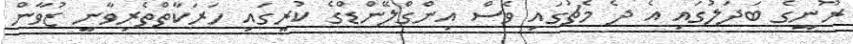
ރޫނީގެ ބަދަލުގައި އެ ދެ މެޗުގައި ވެސް އިންގްލޭންޑްގެ ކުރީގައި ހަރަކާތްތެރިވާނީ ޒުވާން